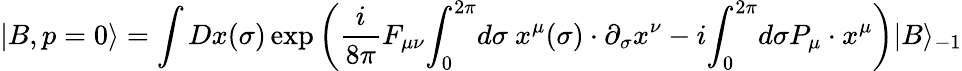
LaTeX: |B,p=0\rangle=\int Dx(\sigma)\exp\left({\frac{i}{8\pi}}F_{\mu\nu}{\int_{0}}^{2\pi}d\sigma~x^{\mu}(\sigma)\cdot\partial_{\sigma}x^{\nu}-i{\int_{0}}^{2\pi}d\sigma P_{\mu}\cdot x^{\mu}\right)|B\rangle_{-1}